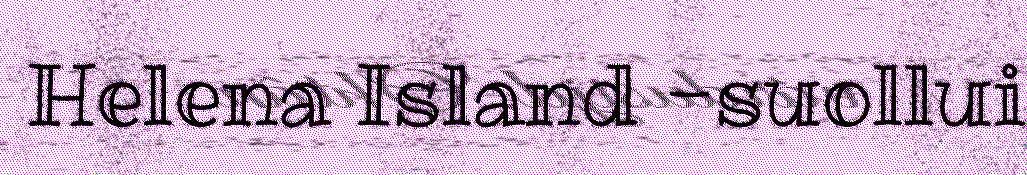
Helena Island -suollui